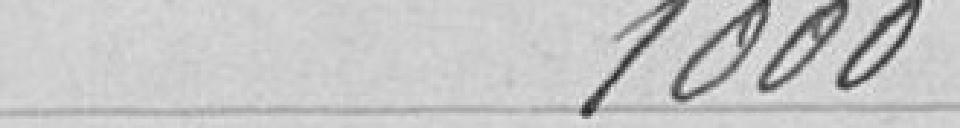
1000